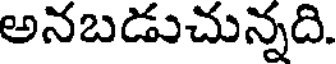
అనబడుచున్నది.